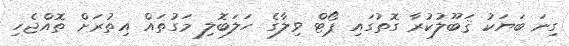
ގިނަ ބަޔަކު ޤަބޫލުކުރާ ގޮތުގައި ޕޯޓް ވިލާގެ ހަލަބޮލި މަގުތައް އިތުރަށް ތޮއްޖެހި